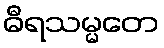
ဓီရသမ္မတေ